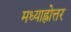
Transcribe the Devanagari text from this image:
मध्याह्नोत्तर